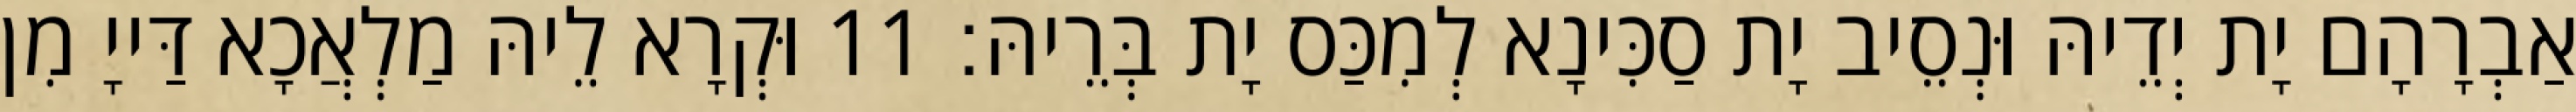
אַבְרָהָם יָת יְדֵיהּ וּנְסֵיב יָת סַכִּינָא לְמִכַּס יָת בְּרֵיהּ׃ 11 וּקְרָא לֵיהּ מַלְאֲכָא דַּייָ מִן